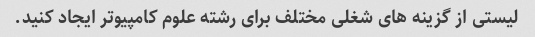
لیستی از گزینه های شغلی مختلف برای رشته علوم کامپیوتر ایجاد کنید.